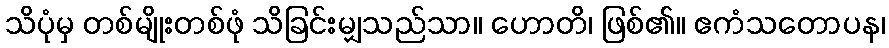
သိပုံမှ တစ်မျိုးတစ်ဖုံ သိခြင်းမျှသည်သာ။ ဟောတိ၊ ဖြစ်၏။ ဧကံသတောပန၊